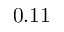
0 . 1 1